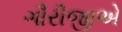
ગૌરીજીએ